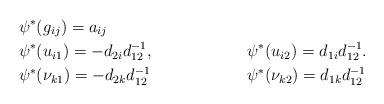
LaTeX: \begin{align*}& \psi^*(g_{ij})=a_{ij} \\&\psi^*(u_{i1})= -d_{2i}d_{12}^{-1}, &&\psi^*(u_{i2})= d_{1i}d_{12}^{-1}.\\&\psi^*(\nu_{k1})= -d_{2k}d_{12}^{-1} &&\psi^*(\nu_{k2})= d_{1k}d_{12}^{-1}\end{align*}